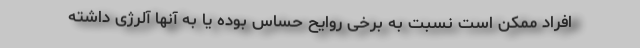
افراد ممکن است نسبت به برخی روایح حساس بوده یا به آنها آلرژی داشته